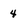
Character: 4